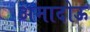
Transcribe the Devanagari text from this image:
अमादोऊ